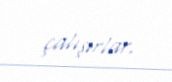
çalışırlar.